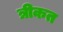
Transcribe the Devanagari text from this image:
त्रीकत